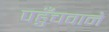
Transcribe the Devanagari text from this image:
पहुँचवाने